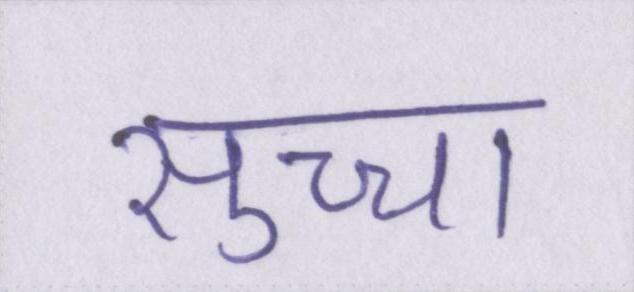
सुच्चा